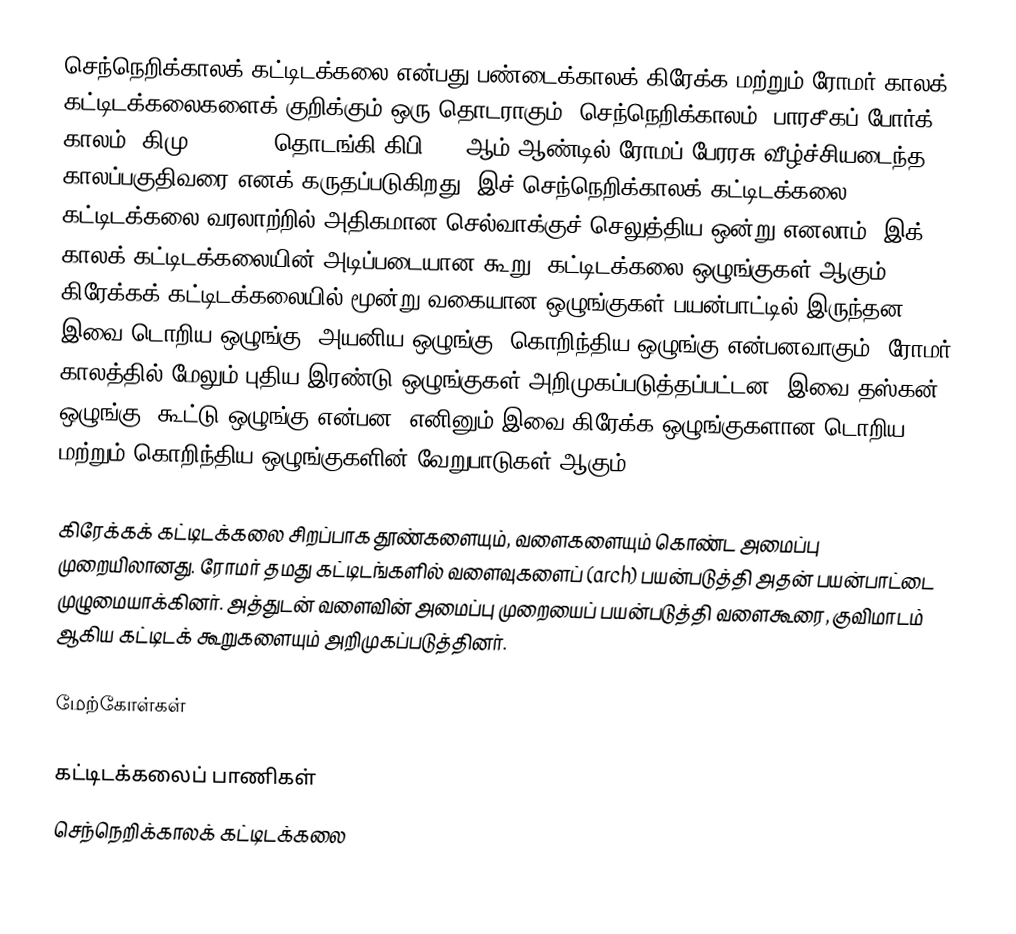
செந்நெறிக்காலக் கட்டிடக்கலை என்பது பண்டைக்காலக் கிரேக்க மற்றும் ரோமர் காலக் கட்டிடக்கலைகளைக் குறிக்கும் ஒரு தொடராகும். செந்நெறிக்காலம், பாரசீகப் போர்க் காலம் (கிமு 490-479) தொடங்கி கிபி 500 ஆம் ஆண்டில் ரோமப் பேரரசு வீழ்ச்சியடைந்த காலப்பகுதிவரை எனக் கருதப்படுகிறது. இச் செந்நெறிக்காலக் கட்டிடக்கலை, கட்டிடக்கலை வரலாற்றில் அதிகமான செல்வாக்குச் செலுத்திய ஒன்று எனலாம். இக் காலக் கட்டிடக்கலையின் அடிப்படையான கூறு, கட்டிடக்கலை ஒழுங்குகள் ஆகும். கிரேக்கக் கட்டிடக்கலையில் மூன்று வகையான ஒழுங்குகள் பயன்பாட்டில் இருந்தன. இவை டொறிய ஒழுங்கு, அயனிய ஒழுங்கு, கொறிந்திய ஒழுங்கு என்பனவாகும். ரோமர் காலத்தில் மேலும் புதிய இரண்டு ஒழுங்குகள் அறிமுகப்படுத்தப்பட்டன. இவை தஸ்கன் ஒழுங்கு, கூட்டு ஒழுங்கு என்பன. எனினும் இவை கிரேக்க ஒழுங்குகளான டொறிய மற்றும் கொறிந்திய ஒழுங்குகளின் வேறுபாடுகள் ஆகும்.

கிரேக்கக் கட்டிடக்கலை சிறப்பாக தூண்களையும், வளைகளையும் கொண்ட அமைப்பு முறையிலானது. ரோமர் தமது கட்டிடங்களில் வளைவுகளைப் (arch) பயன்படுத்தி அதன் பயன்பாட்டை முழுமையாக்கினர். அத்துடன் வளைவின் அமைப்பு முறையைப் பயன்படுத்தி வளைகூரை, குவிமாடம் ஆகிய கட்டிடக் கூறுகளையும் அறிமுகப்படுத்தினர்.

மேற்கோள்கள்

கட்டிடக்கலைப் பாணிகள்
செந்நெறிக்காலக் கட்டிடக்கலை